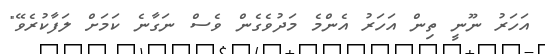
އަހަރު ނޫނީ ތިން އަހަރު އެންމެ މަދުވެގެން ވެސް ނަގާނެ ކަމަށް ލަފާކުރެވޭ"